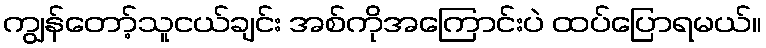
ကျွန်တော့်သူငယ်ချင်း အစ်ကိုအကြောင်းပဲ ထပ်ပြောရမယ်။